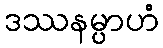
ဒဿနမ္ပာဟံ